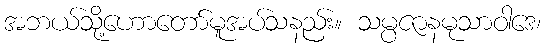
အဘယ်သို့ဟောတော်မူအပ်သနည်း။ သမ္ပဇာနမုသာဝါဒေ၊